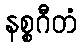
နစ္စဂီတံ